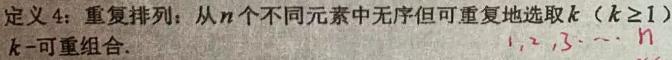
定义 4：重复排列：从$n$个不同元素中无序但可重复地选取$k\ (k\geq1)$ $k$-可重组合.